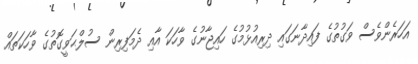
އަހަރެންވެސް ވަގުތުގެ ފައިދާނަގައި ދިރިއުޅުމުގެ ހައިޖާނުގެ ވާހަކަ އާއި ދެމަފިރިން ސުލްޙަވީގޮތުގެ ވާހަކަތައް